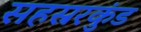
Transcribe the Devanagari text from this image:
सहस्ररकुंड